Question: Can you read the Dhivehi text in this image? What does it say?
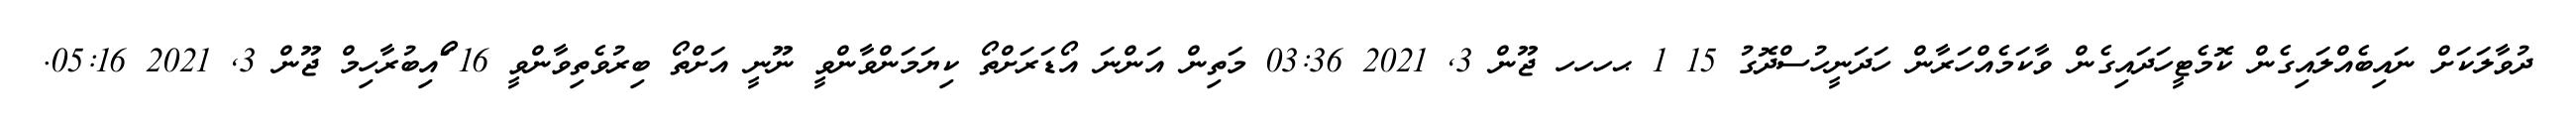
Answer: ދުވާލަކަށް ނައިބެއްލައިގެން ކޮމެޓީހަދައިގެން ވާކަމެއްހަރާން ހަދަނީހުސްދޮގު 15 1 ޙހހހ ޖޫން 3, 2021 03:36 މަތިން އަންނަ އޯޑަރަށްތޯ ކިޔަމަންވާންވީ ނޫނީ އަށްތޯ ބިރުވެތިވާންވީ 16 ޯައިބުރާހިމް ޖޫން 3, 2021 05:16.